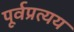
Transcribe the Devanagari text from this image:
पूर्वप्रत्यय